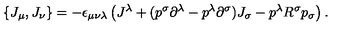
\{ J _ { \mu } , J _ { \nu } \} = - \epsilon _ { \mu \nu \lambda } \left( J ^ { \lambda } + ( p ^ { \sigma } \partial ^ { \lambda } - p ^ { \lambda } \partial ^ { \sigma } ) J _ { \sigma } - p ^ { \lambda } R ^ { \sigma } p _ { \sigma } \right) .